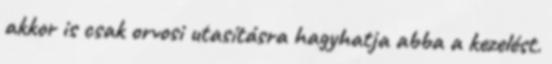
akkor is csak orvosi utasításra hagyhatja abba a kezelést.